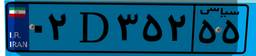
۰۲D۳۵۲۵۵